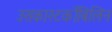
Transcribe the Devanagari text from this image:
उसकास्‍टर्कोबिलिन